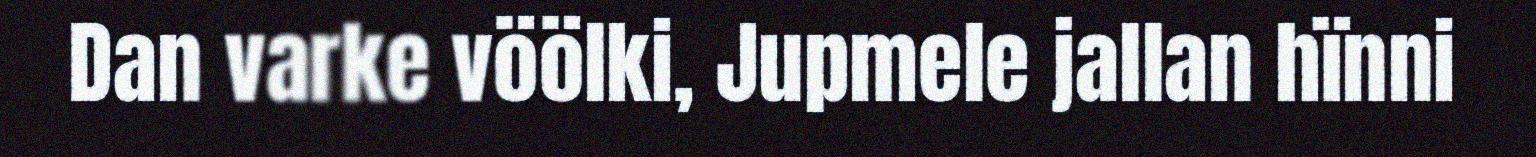
Dan varke vöölki, Jupmele jallan hïnni